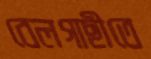
বেলগাছীতে